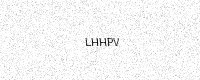
Text: LHHPV